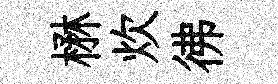
楙炊彿